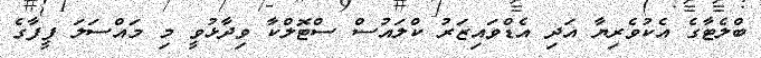
ބްލެޓާގެ އެކުވެރިޔާ އަދި އެޑްވައިޒަރު ކްލައުސް ސްޓޮލްކާ ވިދާޅުވީ މި މައްސަލަ ފީފާގެ